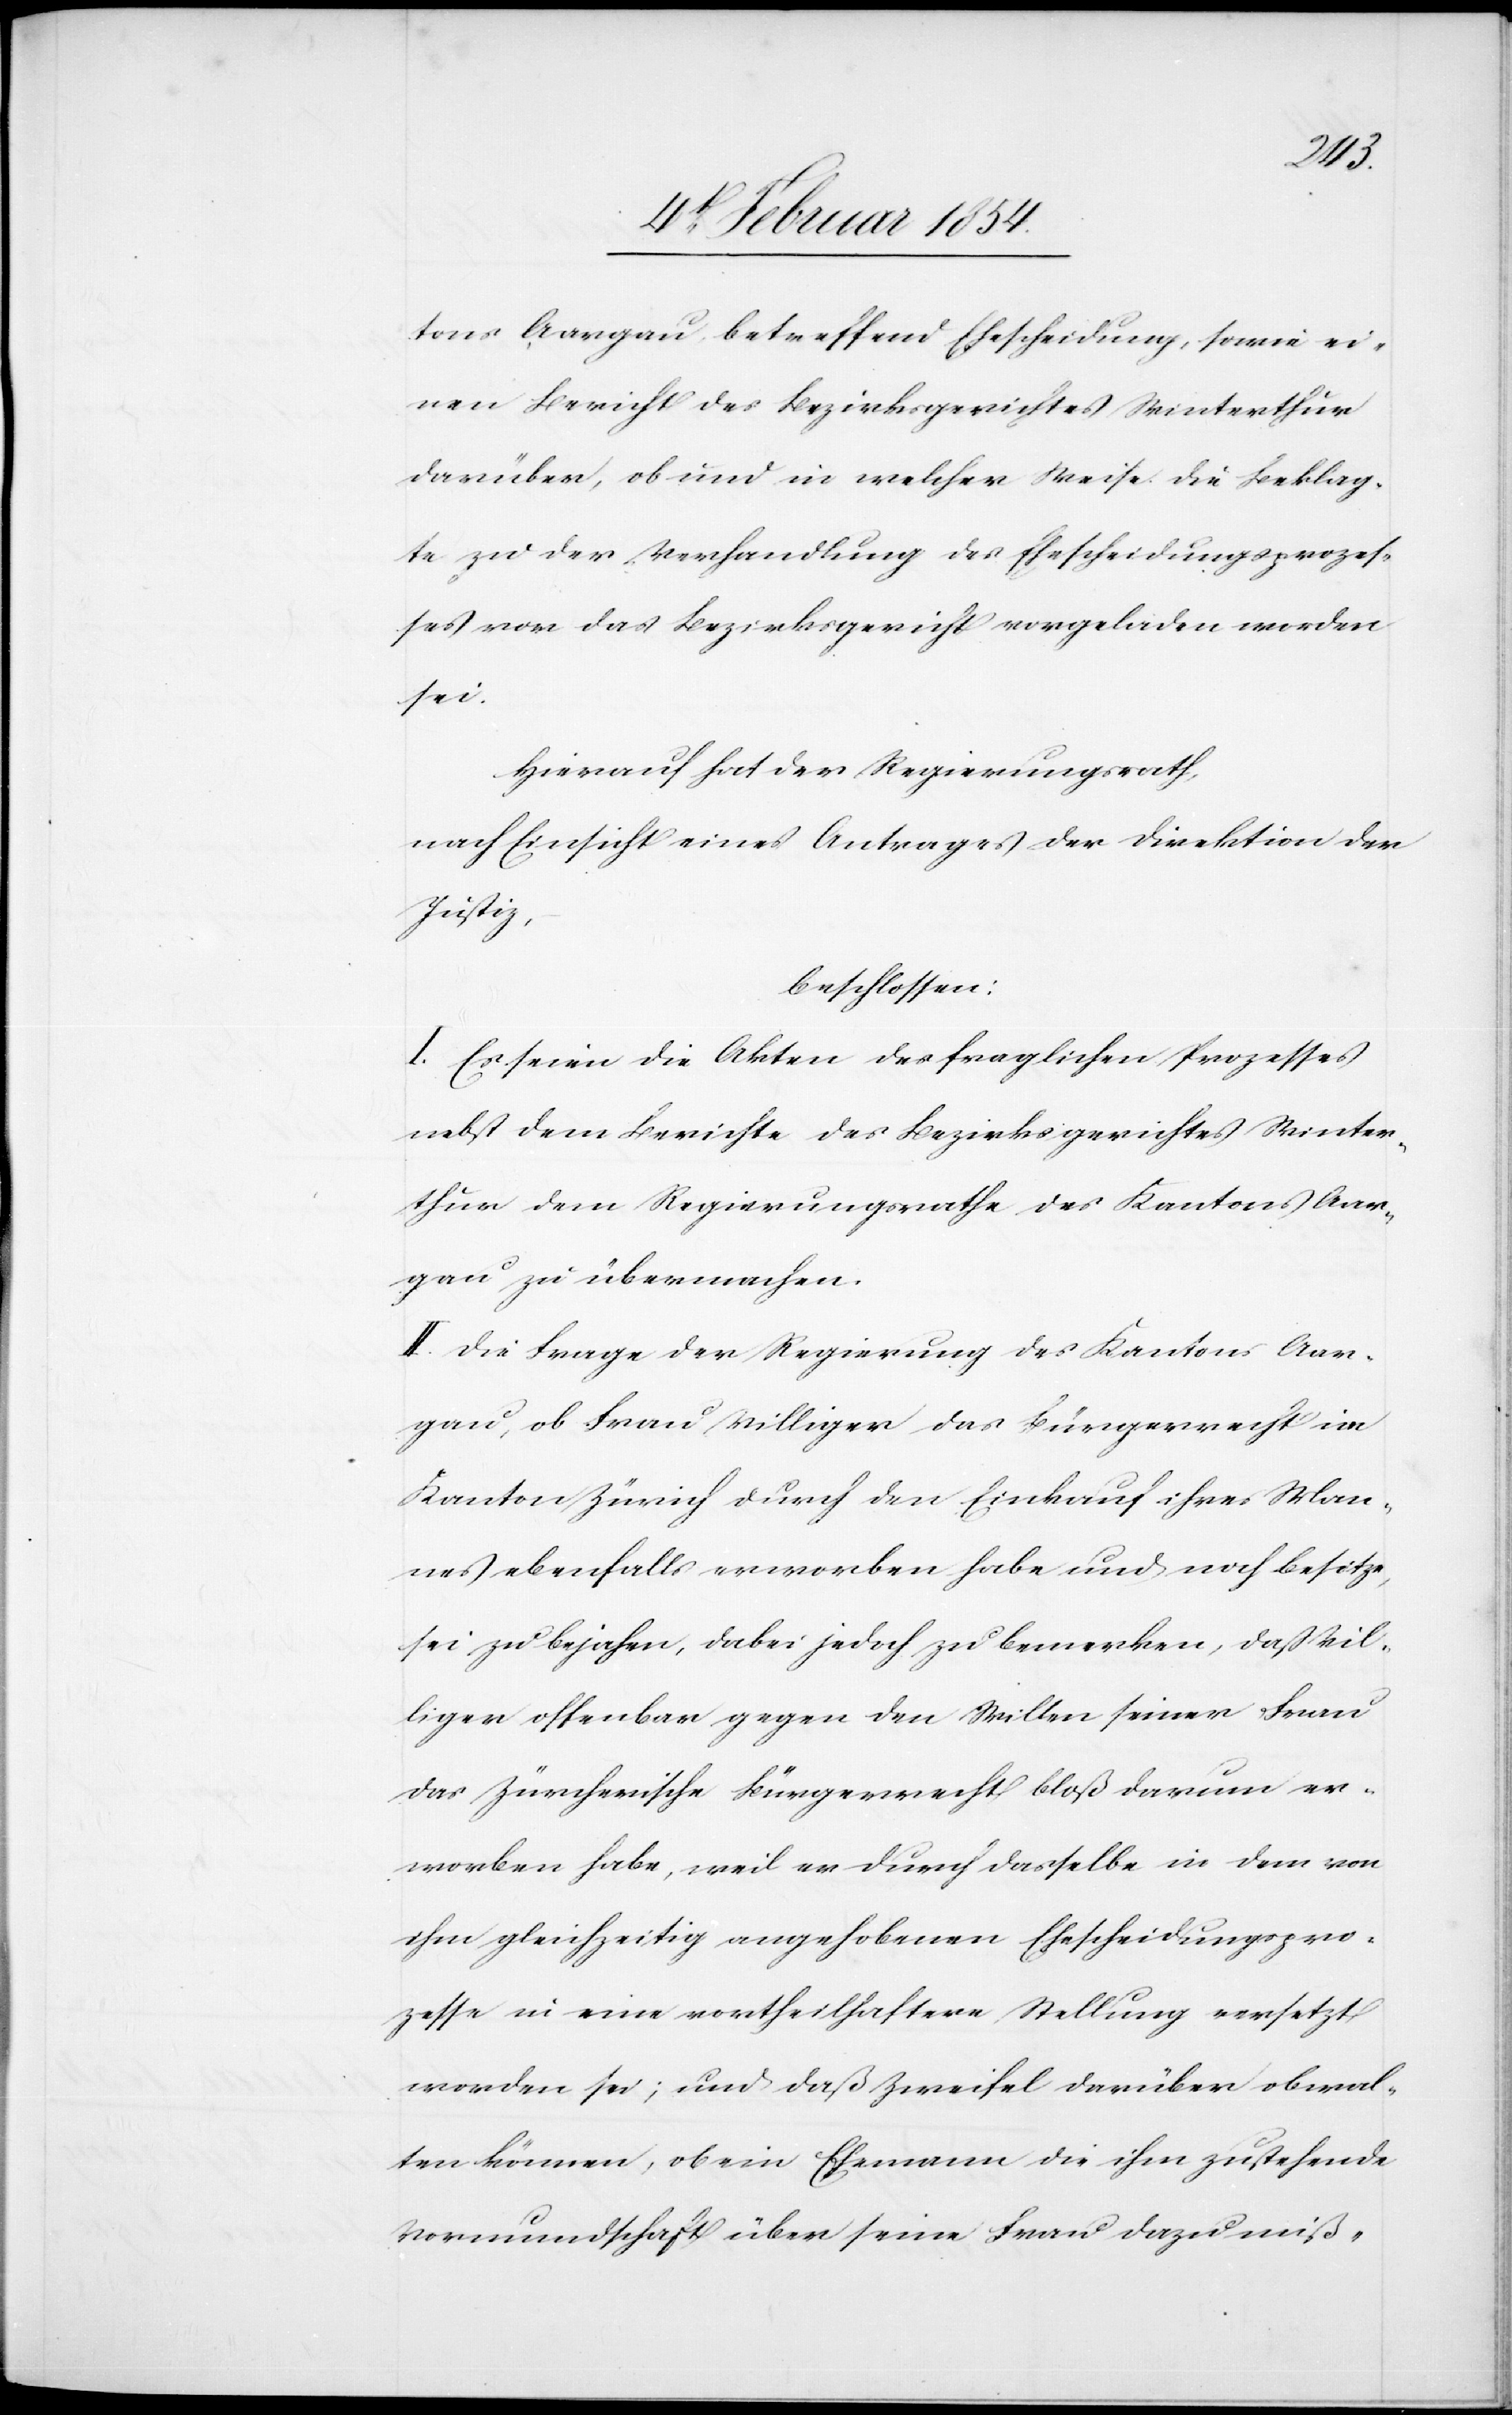
tons Aargau, betreffend Ehescheidung, sowie ei¬
nen Bericht des Bezirksgerichtes Winterthur
darüber, ob und in welcher Weise die Beklag¬
te zu der Verhandlung des Ehescheidungsprozes¬
ses vor das Bezirksgericht vorgeladen worden
sei.
Hierauf hat der Regierungsrath,
nach Einsicht eines Antrages der Direktion der
Justiz,
beschlossen:
I. Es seien die Akten des fraglichen Prozesses
nebst dem Berichte des Bezirksgerichtes Winter¬
thur dem Regierungsrathe des Kantons Aar¬
gau zu übermachen.
II. Die Frage der Regierung des Kantons Aar¬
gau, ob Frau Villiger das Bürgerrecht im
Kanton Zürich durch den Einkauf ihres Man¬
nes ebenfalls erworben habe und noch besitze,
sei zu bejahen, dabei jedoch zu bemerken, daß Vil¬
liger offenbar gegen den Willen seiner Frau
das zürcherische Bürgerrecht bloß darum er¬
worben habe, weil er durch dasselbe in dem von
ihm gleichzeitig angehobenen Ehescheidungspro¬
zesse in eine vortheilhaftere Stellung versetzt
worden sei; und daß Zweifel darüber obwal¬
ten könne, ob ein Ehemann die ihm zustehende
Vormundschaft über seine Frau dazu miß-